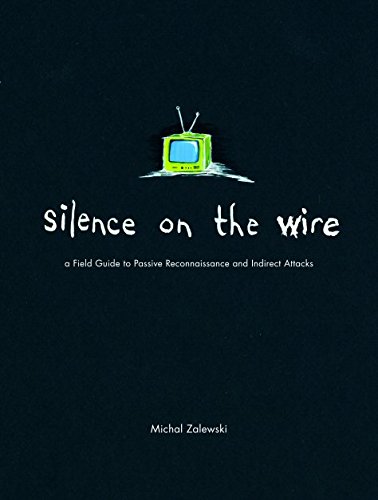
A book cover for Silence on the Wire: A Field Guide to Passive Reconnaissance and Indirect Attacks; Michal Zalewski; Computers & Technology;